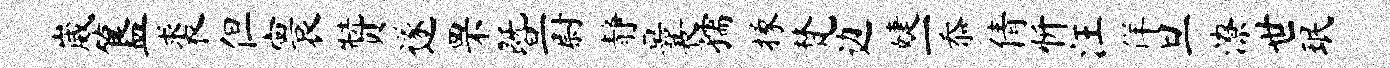
崴簋裘但寰赞遂罘暨尉静曩孺掾梵边婕一忝倩忻汪佯旦潦世珉